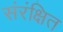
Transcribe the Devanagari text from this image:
संरंक्षित